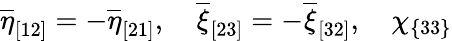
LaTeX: \overline{{{\eta}}}_{[12]}=-\overline{{{\eta}}}_{[21]},\quad\overline{{{\xi}}}_{[23]}=-\overline{{{\xi}}}_{[32]},\quad\chi_{\{ 33\} }